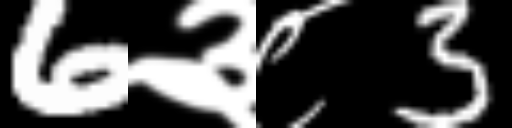
Text: 6३८3